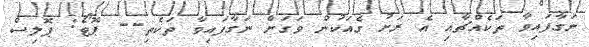
ނަގާފައިވާ ތަކެއްޗާއި އެ ރަށު ގެއަކުން ވަގަށް ނަގާފައިވާ ތަކެތި-- ޕޮޓޯ: ޕޮލިސް